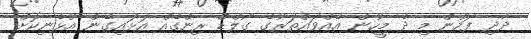
ދާދި ފަހުން މި ދެ މީހުން އެއްވައްތަރުގެ ގޯލްޑް ރިންގެއް އަޅައިގެން އުޅެނިކޮށް